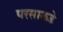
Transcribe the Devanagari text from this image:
परसाकडे